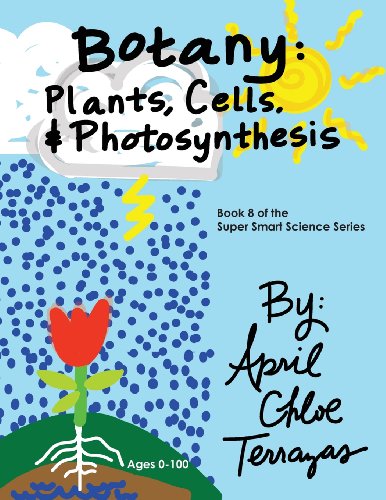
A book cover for Botany: Plants, Cells and Photosynthesis (Super Smart Science); April Chloe Terrazas; Children's Books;